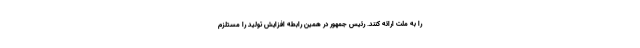
را به ملت ارائه کنند. رئیس جمهور در همین رابطه افزایش تولید را مستلزم